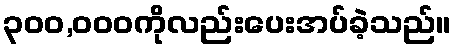
၃၀၀,၀၀၀ကိုလည်းပေးအပ်ခဲ့သည်။